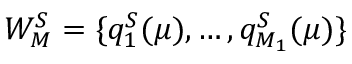
W _ { M } ^ { S } = \{ q _ { 1 } ^ { S } ( \mu ) , \dots , q _ { M _ { 1 } } ^ { S } ( \mu ) \}